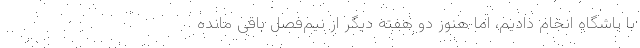
با باشگاه انجام دادیم، اما هنوز دو هفته دیگر از نیم‌فصل باقی مانده